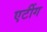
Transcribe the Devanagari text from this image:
एर्टीग